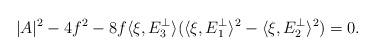
LaTeX: \begin{align*}|A|^2-4f^2-8f\langle\xi,E_3^{\perp}\rangle(\langle\xi,E_1^{\perp}\rangle^2-\langle\xi,E_2^{\perp}\rangle^2)=0.\end{align*}